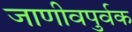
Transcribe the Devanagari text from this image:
जाणीवपुर्वक